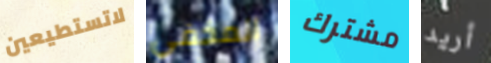
لاتستطيعين المخفي مشترك أريد